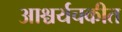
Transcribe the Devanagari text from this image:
आश्चर्यचकीत